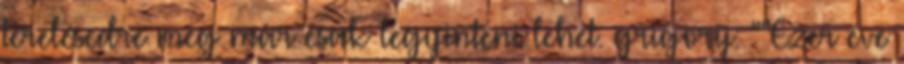
terelésedre meg már csak legyinteni lehet. grigorij: ""Ezer éve